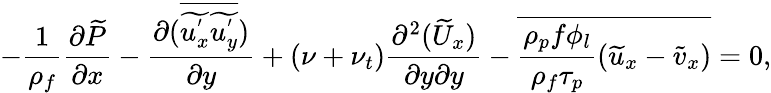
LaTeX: -\frac{1}{\rho_{f}}\frac{\partial\widetilde{P}}{\partial x}-\frac{\partial(\overline{{\widetilde{u_{x}^{'}}\widetilde{u_{y}^{'}}}})}{\partial y}+(\nu+\nu_{t})\frac{\partial^{2}(\widetilde{U}_{x})}{\partial y\partial y}-\overline{{\frac{\rho_{p}f\phi_{l}}{\rho_{f}\tau_{p}}(\widetilde{u}_{x}-\widetilde{v}_{x})}}=0,